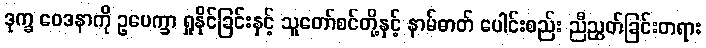
ဒုက္ခ ဝေဒနာကို ဥပေက္ခာ ရှုနိုင်ခြင်းနှင့် သူတော်စင်တို့နှင့် နာမ်ဓာတ် ပေါင်းစည်း ညီညွတ်ခြင်းတရား